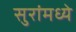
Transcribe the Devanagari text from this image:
सुरांमध्ये